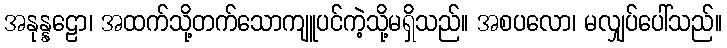
အနုန္နဠော၊ အထက်သို့တက်သောကျူပင်ကဲ့သို့မရှိသည်။ အစပလော၊ မလျှပ်ပေါ်သည်။